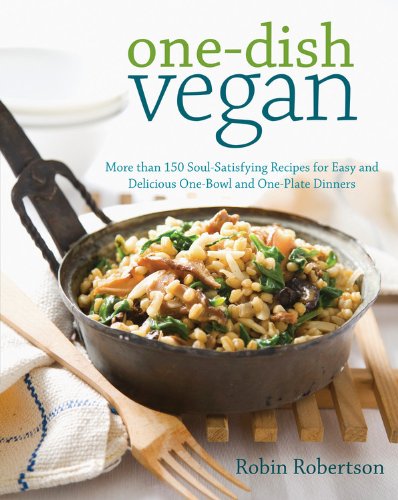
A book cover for One-Dish Vegan: More than 150 Soul-Satisfying Recipes for Easy and Delicious One-Bowl and One-Plate Dinners; Robin Robertson; Cookbooks, Food & Wine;